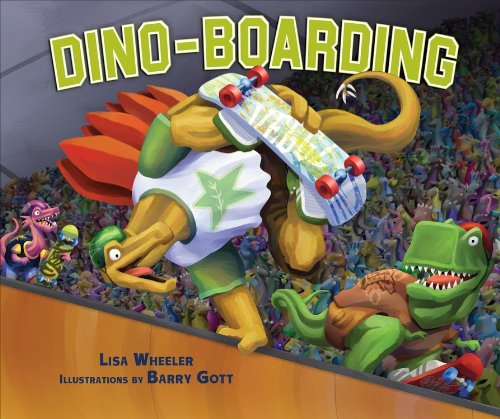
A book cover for Dino-Boarding (Carolrhoda Picture Books) (Junior Library Guild Selection); Lisa Wheeler; Children's Books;